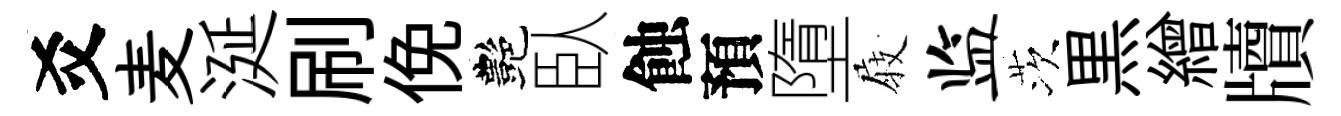
爻麦涎刷俛艷臥蝕預墮𡲆监茨黒繒牘